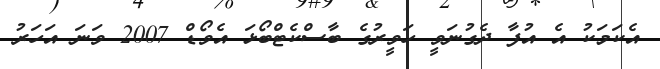
އެކަމަކު އެ އުފާ ދެގުނަވީ ހަވީރުގެ ބާސްކެޓްބޯޅަ އެވޯޑް 2007 ވަނަ އަހަރު